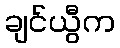
ချင်ယွီက